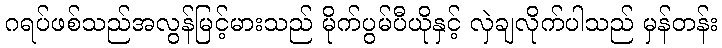
ဂရပ်ဖစ်သည်အလွန်မြင့်မားသည် မိုက်ပွမ်ပီယိုနှင့် လှဲချလိုက်ပါသည် မှန်တန်း